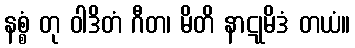
နစ္စံ တု ဝါဒိတံ ဂီတ၊ မိတိ နာဋုမိဒံ တယံ။